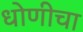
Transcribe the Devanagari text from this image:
धोणीचा